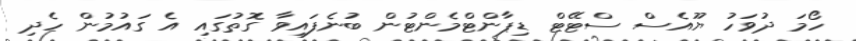
ހޯމަ ދުވަހު ޔޫއެސް ސްޓޭޓް ޑިޕާންޓްމެންޓުން ބުނެފައިވާ ގޮތުގައި އެ ގައުމުން ހެދި